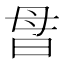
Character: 𰕽